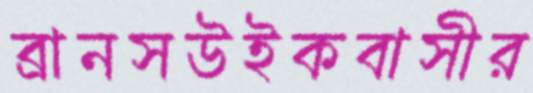
ব্রানসউইকবাসীর